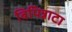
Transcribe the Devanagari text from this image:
बिपिन्नाटा